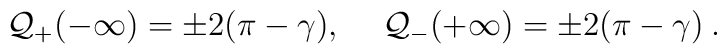
{\cal Q}_{+}(-\infty )=\pm 2(\pi -\gamma ),\quad \: {\cal Q}_{-}(+\infty )=\pm 2(\pi -\gamma )\: .